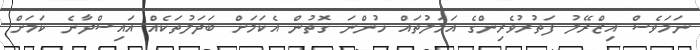
ނަމަވެސް އިޒްރޭލު ފަތުރުވެރިންގެ އަމަލުތައް ހުންނަ ގޮތުން އެކަމަށް ބަދަލުތަކެއް އައިސްދާނެ ކަމަށް